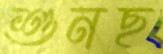
শুনছ